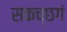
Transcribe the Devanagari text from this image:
सकच्छगं